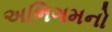
અભિગમનો